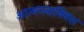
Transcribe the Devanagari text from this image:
आत्मग्लानिवश